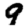
Digit: 9